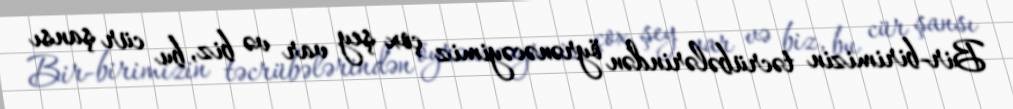
Bir-birimizin təcrübələrindən öyrənəcəyimiz çox şey var və biz, bu cür şansı